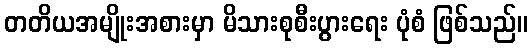
တတိယအမျိုးအစားမှာ မိသားစုစီးပွားရေး ပုံစံ ဖြစ်သည်။